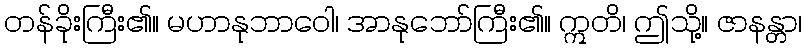
တန်ခိုးကြီး၏။ မဟာနုဘာဝေါ၊ အာနုဘော်ကြီး၏။ ဣတိ၊ ဤသို့။ ဇာနန္တာ၊